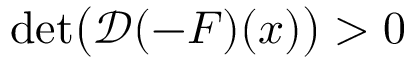
\operatorname* { d e t } \bigl ( \mathcal { D } ( - \boldsymbol { F } ) ( \boldsymbol { x } ) \bigr ) > 0